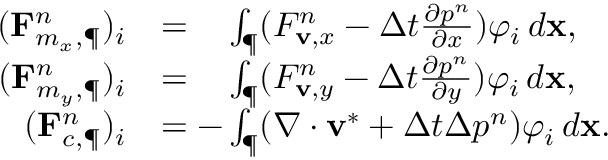
\begin{array} { r l } { ( \mathbf { F } _ { m _ { x } , \P } ^ { n } ) _ { i } } & { = \phantom { - } \int _ { \P } ( F _ { \mathbf { v } , x } ^ { n } - \Delta t \frac { \partial p ^ { n } } { \partial x } ) \varphi _ { i } \, d \mathbf { x } , } \\ { ( \mathbf { F } _ { m _ { y } , \P } ^ { n } ) _ { i } } & { = \phantom { - } \int _ { \P } ( F _ { \mathbf { v } , y } ^ { n } - \Delta t \frac { \partial p ^ { n } } { \partial y } ) \varphi _ { i } \, d \mathbf { x } , } \\ { ( \mathbf { F } _ { c , \P } ^ { n } ) _ { i } } & { = - \int _ { \P } ( \nabla \cdot \mathbf { v } ^ { \ast } + \Delta t \Delta p ^ { n } ) \varphi _ { i } \, d \mathbf { x } . } \end{array}